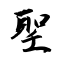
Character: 聖